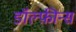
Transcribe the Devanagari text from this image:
डॉल्फ़ीन्स